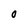
Character: O